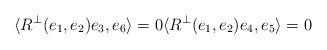
LaTeX: \begin{align*}\langle R^\perp(e_1,e_2)e_3,e_6\rangle=0 \langle R^\perp(e_1,e_2)e_4,e_5\rangle=0\end{align*}